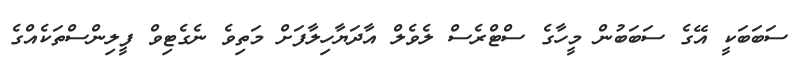
ސަބަބަކީ އޭގެ ސަބަބުން މީހާގެ ސްޓްރެސް ލެވެލް އާދަޔާހިލާފަށް މަތިވެ ނެގެޓިވް ފީލިންސްތަކެއްގެ